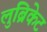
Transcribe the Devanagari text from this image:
लुब्रिकेट